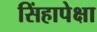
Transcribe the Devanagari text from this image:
सिंहापेक्षा